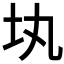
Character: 𡉕